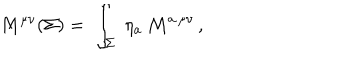
LaTeX: M ^ { \mu \nu } ( \Sigma ) = \; \int _ { \Sigma } \; \eta _ { a } \, { \cal M } ^ { a \, \mu \nu } \, ,